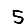
Digit: 5